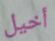
أخيل